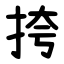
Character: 挎